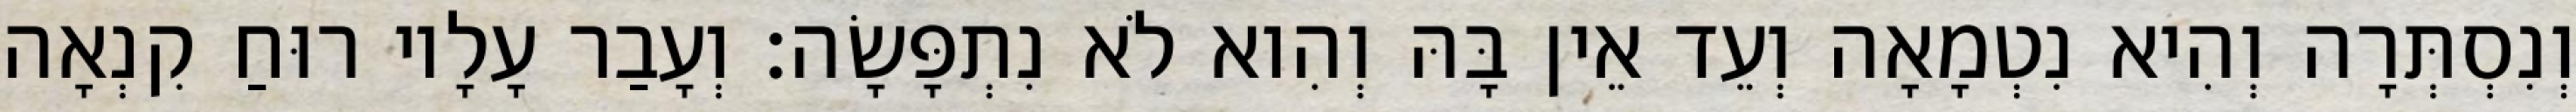
וְנִסְתְּרָה וְהִיא נִטְמָאָה וְעֵד אֵין בָּהּ וְהִוא לֹא נִתְפָּשָׂה׃ וְעָבַר עָלָיו רוּחַ קִנְאָה